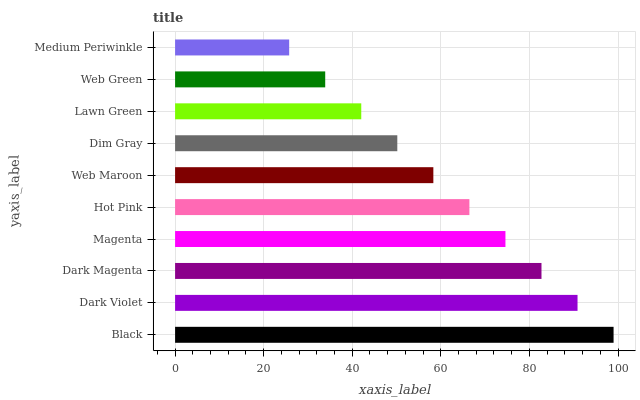
| yaxis_label | bars |
 | --- | --- |
 | Black | 99 |
 | Dark Violet | 90.9 |
 | Dark Magenta | 82.7 |
 | Magenta | 74.6 |
 | Hot Pink | 66.4 |
 | Web Maroon | 58.3 |
 | Dim Gray | 50.2 |
 | Lawn Green | 42 |
 | Web Green | 33.9 |
 | Medium Periwinkle | 25.8 |